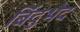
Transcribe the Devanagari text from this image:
बिंदुभेद